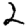
Digit: 2